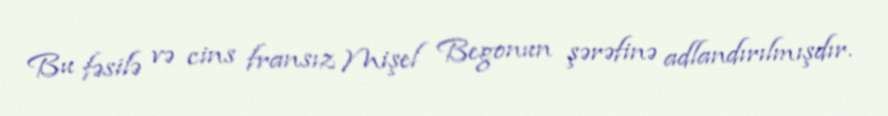
Bu fəsilə və cins fransız Mişel Begonun şərəfinə adlandırılmışdır.